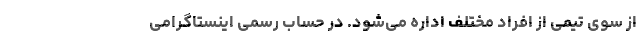
از سوی تیمی از افراد مختلف اداره می‌شود. در حساب رسمی اینستاگرامی